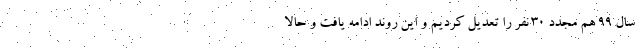
سال ۹۹ هم مجدد ۳۰ نفر را تعدیل کردیم و این روند ادامه یافت و حالا